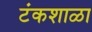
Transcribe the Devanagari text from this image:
टंकशाळा